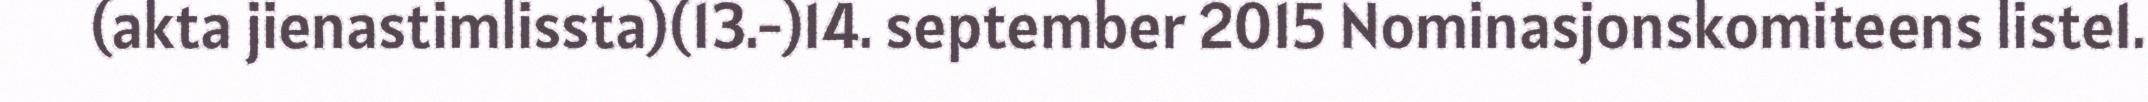
(akta jienastimlissta)(13.-)14. september 2015 Nominasjonskomiteens liste1.